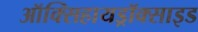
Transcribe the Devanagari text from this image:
ऑक्सिहायड्रॉक्साइड